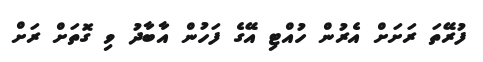
ފުރޭތަ ރަށަށް އެރުން ހުއްޓި އޭގެ ފަހުން އާބާދު ވި ގޮތަށް ރަށް